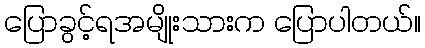
ပြောခွင့်ရအမျိုးသားက ပြောပါတယ်။